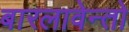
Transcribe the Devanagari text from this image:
बारलावेन्तो